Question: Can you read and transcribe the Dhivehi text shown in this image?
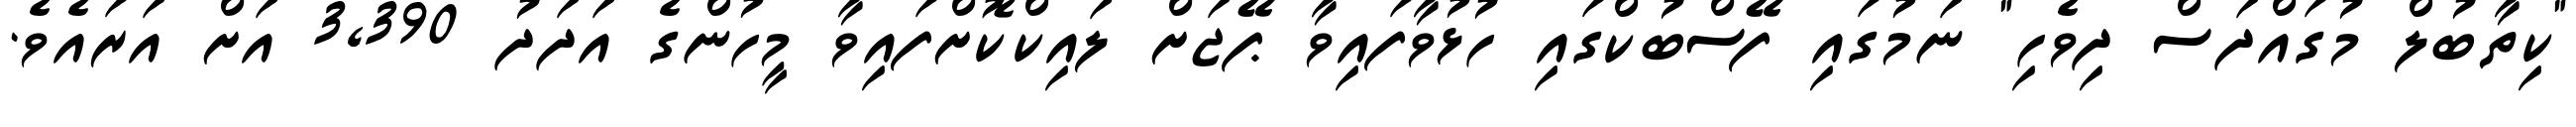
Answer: "ކިތާބުލް މުގައްދަސް ދިވެހި" ނަމުގައި ފޭސްބުކްގައި ހުޅުވާފައިވާ ޕޭޖަށް ލައިކްކޮށްފައިވާ މީހުންގެ އަދަދު 3,390 އަށް އަރައެވެ.